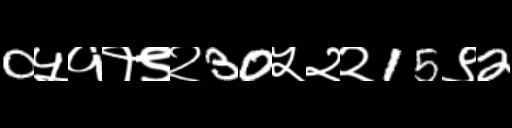
Text: 0५११९२30५२२15९2